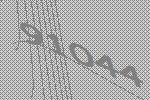
91044